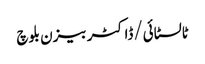
ٹالسٹائی/ڈاکٹر بیزن بلوچ